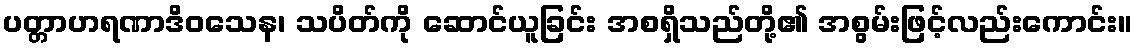
ပတ္တာဟရဏာဒိဝသေန၊ သပိတ်ကို ဆောင်ယူခြင်း အစရှိသည်တို့၏ အစွမ်းဖြင့်လည်းကောင်း။